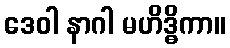
ဒေဝါ နာဂါ မဟိဒ္ဓိကာ။